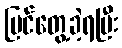
မြင်တွေ့ခဲ့ရပြီး